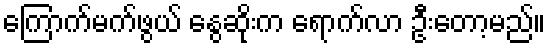
ကြောက်မက်ဖွယ် နွေဆိုးက ရောက်လာ ဦးတော့မည်။